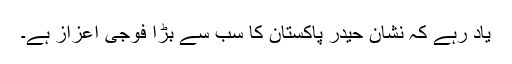
یاد رہے کہ نشان حیدر پاکستان کا سب سے بڑا فوجی اعزاز ہے۔